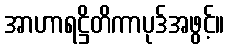
အာဟာရဋ္ဌိတိကာပုဒ်အဖွင့်။